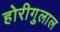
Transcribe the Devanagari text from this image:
होरीगुलाल